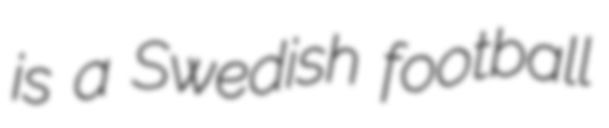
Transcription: is a Swedish football